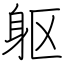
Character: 躯